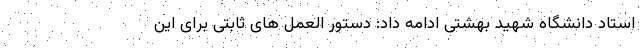
استاد دانشگاه شهید بهشتی ادامه داد: دستور العمل های ثابتی برای این